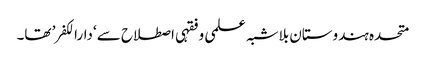
متحدہ ہندوستان بلاشبہ علمی و فقہی اصطلاح سے ‘دارالکفر’ تھا۔